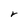
Character: r